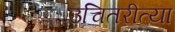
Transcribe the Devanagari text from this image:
उचितरीत्या